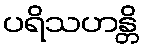
ပရိသဟန္တိ